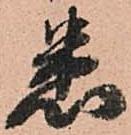
悉